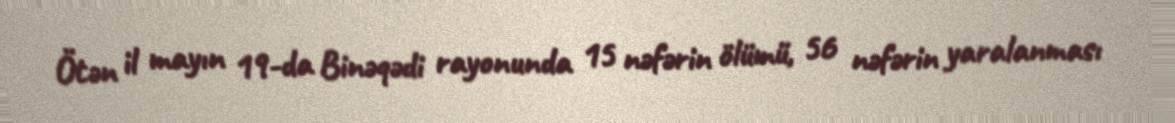
Ötən il mayın 19-da Binəqədi rayonunda 15 nəfərin ölümü, 56 nəfərin yaralanması